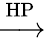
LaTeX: \xrightarrow{\textrm{HP}}